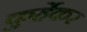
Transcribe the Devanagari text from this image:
कुर्हेकर